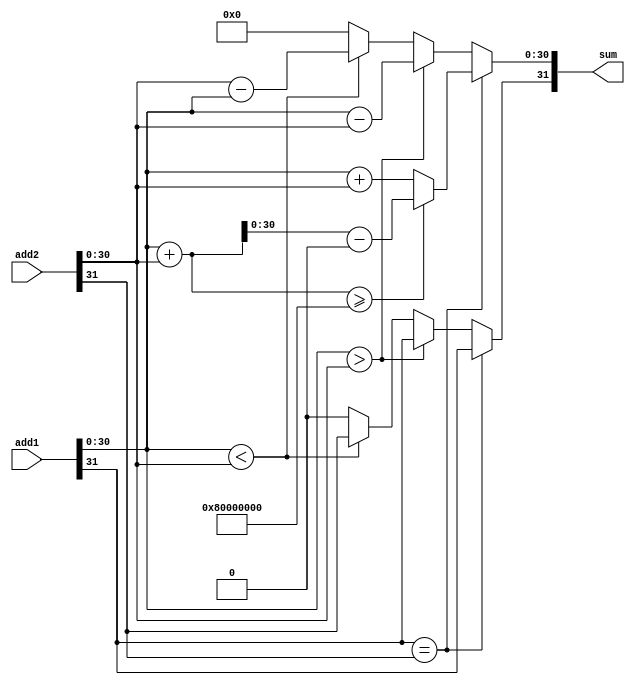
//323130-1615-0
//32add1,add2
//32sum
`ifndef QADD_V
`define QADD_V
module qadd
(
    input [31:0] add1,
    input [31:0] add2,
    output [31:0] sum
);
    reg[31:0] res=0;//

    assign sum = res;

    always @(*) 
    begin
        if(add1[31]==add2[31])//
        begin
            res[31] = add1[31];
            if(add1[30:0]+add2[30:0]>=2**31)//
            begin
                res[30:0] = add1[30:0]+add2[30:0]-2**31;
            end
            else
            begin
                res[30:0] = add1[30:0]+add2[30:0];
            end
        end
        else//
        begin
            if(add1[30:0]>add2[30:0])
            begin
                res[31] = add1[31];
                res[30:0] = add1[30:0]-add2[30:0];
            end
            else if(add1[30:0]<add2[30:0])
            begin
                res[31] = add2[31];
                res[30:0] = add2[30:0]-add1[30:0];
            end
            else
            begin
                res[31] = 1'b0;
                res[30:0] = 0;
            end
        end
    end
endmodule
`endif